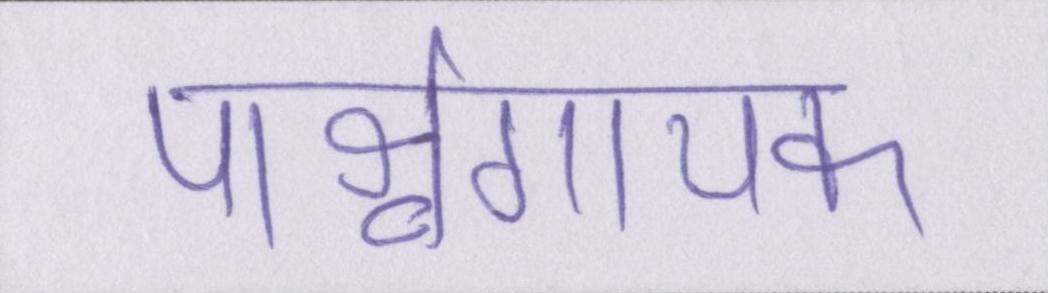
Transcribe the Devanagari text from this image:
पार्श्वगायक